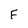
Character: F